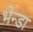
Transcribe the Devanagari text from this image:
भेन्डा